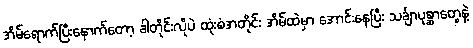
အိမ်ရောက်ပြီးနောက်တော့ ခါတိုင်းလိုပဲ ထုံးစံအတိုင်း အိမ်ထဲမှာ အောင်းနေပြီး သင်္ချာပုစ္ဆာတွေနဲ့